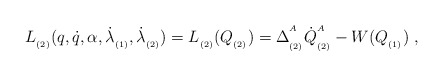
\begin{align*}L_{_{(2)}}(q,\dot{q},\alpha ,\dot{\lambda}_{_{(1)}},\dot{\lambda}_{_{(2)}})=L_{_{(2)}}(Q_{_{(2)}})=\Delta _{_{(2)}}^{^A}\dot{Q}_{_{(2)}}^{^A}-W(Q_{_{(1)}})\;,\end{align*}